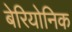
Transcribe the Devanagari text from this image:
बेरियोनिक